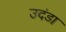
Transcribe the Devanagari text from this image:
उदंडा